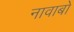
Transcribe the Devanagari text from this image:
नावाबों